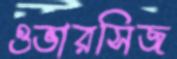
ওভারসিজ